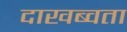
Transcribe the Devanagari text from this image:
दाखब्वता